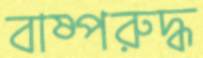
বাষ্পরুদ্ধ